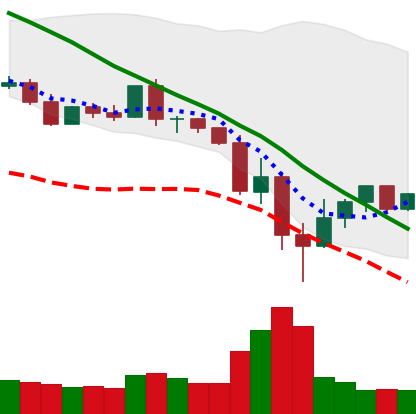
Ticker: XLM-USD
Chart end date: 2022-05-17
Forward return: -4.231%
Label: down_3_5